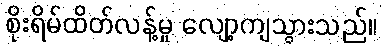
စိုးရိမ်ထိတ်လန့်မှု လျော့ကျသွားသည်။